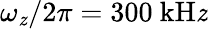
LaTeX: \omega_{\mathit{z}}/2\pi=300~\mathrm{{kH\mathit{z}}}